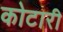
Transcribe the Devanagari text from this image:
कोटारी